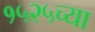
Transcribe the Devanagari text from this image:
१५२५च्या